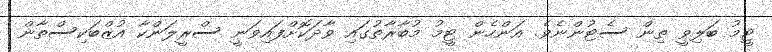
ޓީމު ބަލިވީ ތިން ސެޓުންނެވެ. އަންހެން ޓީމު މުބާރާތުގައި ވާދަކޮށްފައިވަނީ ސްރީލަންކާ އުޒްބަކިސްތާން